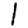
Digit: 1